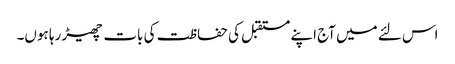
اس لئے میں آج اپنے مستقبل کی حفاظت کی بات چھیڑ رہا ہوں۔